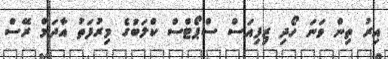
އިރު ތިން ވަނަ ހޯދި ޒިފިއަސް ސްޕޯޓްސް ކްލަބުގެ މިރުފަތު އާދަމް ރޭސް